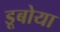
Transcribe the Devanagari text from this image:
डूबोया